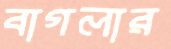
বাগলার